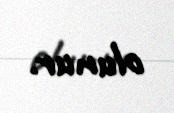
olunur.